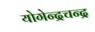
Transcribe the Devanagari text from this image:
योगेन्द्रचन्द्र